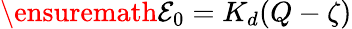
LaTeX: \ensuremath{\mathcal{E}_{0}}=K_{d}(Q-\zeta)